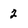
Character: 2